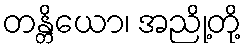
တန္တိယော၊ အညို့တို့